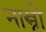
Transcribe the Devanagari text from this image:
नास्त्रो